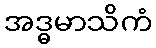
အဒ္ဓမာသိကံ